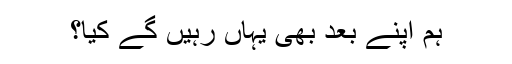
ہم اپنے بعد بھی یہاں رہیں گے کیا؟